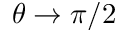
\theta \to \pi / 2